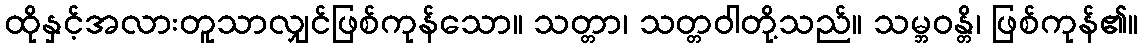
ထိုနှင့်အလားတူသာလျှင်ဖြစ်ကုန်သော။ သတ္တာ၊ သတ္တဝါတို့သည်။ သမ္ဘဝန္တိ၊ ဖြစ်ကုန်၏။